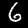
Label: 6